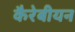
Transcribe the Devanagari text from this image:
कैरेबीयन